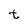
Character: t